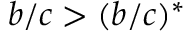
b / c > ( b / c ) ^ { * }